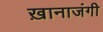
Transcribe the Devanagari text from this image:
ख़ानाजंगी